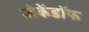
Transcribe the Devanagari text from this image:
जेकेंडॉफ